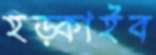
হড়্‌কাইব